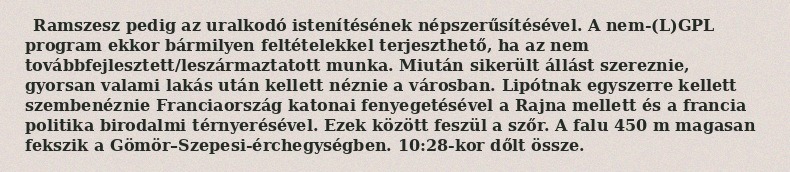
Ramszesz pedig az uralkodó istenítésének népszerűsítésével. A nem-(L)GPL program ekkor bármilyen feltételekkel terjeszthető, ha az nem továbbfejlesztett/leszármaztatott munka. Miután sikerült állást szereznie, gyorsan valami lakás után kellett néznie a városban. Lipótnak egyszerre kellett szembenéznie Franciaország katonai fenyegetésével a Rajna mellett és a francia politika birodalmi térnyerésével. Ezek között feszül a szőr. A falu 450 m magasan fekszik a Gömör–Szepesi-érchegységben. 10:28-kor dőlt össze.